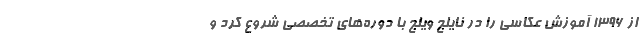
از ۱۳۹۶ آموزش عکاسی را در نایلج ویلج با دوره‌های تخصصی شروع کرد و